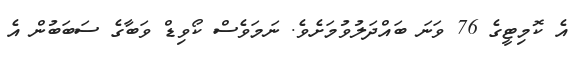
އެ ކޮމިޓީގެ 76 ވަނަ ބައްދަލުވުމަށެވެ. ނަމަވެސް ކޯވިޑް ވަބާގެ ސަބަބުން އެ